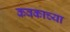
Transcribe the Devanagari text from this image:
कवकाच्या